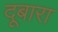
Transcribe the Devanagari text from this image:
दूबारा